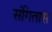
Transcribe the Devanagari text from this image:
संगितास